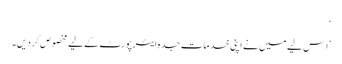
‘
’ا س لیے میں نے اپنی خدمات جدہ ایئرپورٹ کے لیے مخصوص کر دیں۔